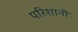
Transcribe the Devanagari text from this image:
परिशानी